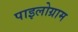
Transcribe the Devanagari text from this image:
पाइलोग्राम